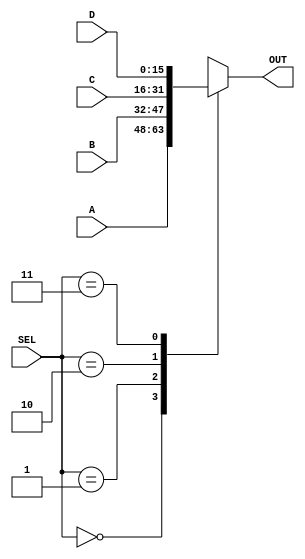
module FourToOneMux 
#(parameter SIZE = 16)
( 
input[1 : 0] SEL, 
input [ SIZE - 1 : 0 ] A, B, C, D, 
output reg [ SIZE -1 : 0 ] OUT
);

always@(*)
begin 
	case(SEL)
		2'b00 : OUT = A;
		2'b01 : OUT = B;
		2'b10 : OUT = C;
		2'b11 : OUT = D; 
	endcase
end 
endmodule